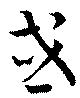
或